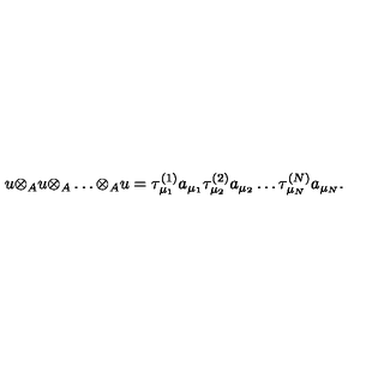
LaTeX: u { \otimes } _ { A } u { \otimes } _ { A } \ldots { \otimes } _ { A } u = { \tau } _ { { \mu } _ { 1 } } ^ { ( 1 ) } a _ { { \mu } _ { 1 } } { \tau } _ { { \mu } _ { 2 } } ^ { ( 2 ) } a _ { { \mu } _ { 2 } } \ldots { \tau } _ { { \mu } _ { N } } ^ { ( N ) } a _ { { \mu } _ { N } } .